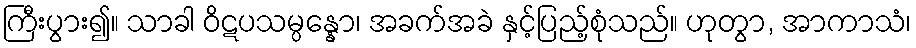
ကြီးပွား၍။ သာခါ ဝိဋပသမ္ပန္နော၊ အခက်အခဲ နှင့်ပြည့်စုံသည်။ ဟုတွာ, အာကာသံ၊